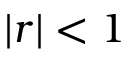
| r | < 1